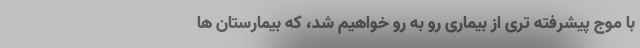
با موج پیشرفته تری از بیماری رو به رو خواهیم شد، که بیمارستان ها